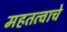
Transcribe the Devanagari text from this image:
महतत्वाचे